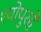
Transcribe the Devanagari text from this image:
श्योपुरहै